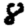
Digit: 8